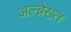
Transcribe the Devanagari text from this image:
अल्ब्रेख्त